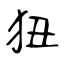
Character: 狃